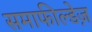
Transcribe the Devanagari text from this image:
समाफील्डेज़